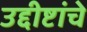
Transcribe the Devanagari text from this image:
उद्दीष्टांचे